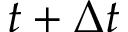
t + \Delta t